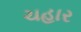
ચહાર